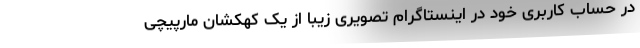
در حساب کاربری خود در اینستاگرام تصویری زیبا از یک کهکشان مارپیچی